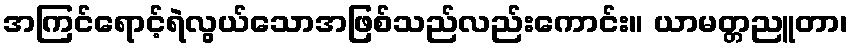
အကြင်ရောင့်ရဲလွယ်သောအဖြစ်သည်လည်းကောင်း။ ယာမတ္တညူတာ၊